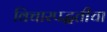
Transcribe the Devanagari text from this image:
विचारपद्धतीचा